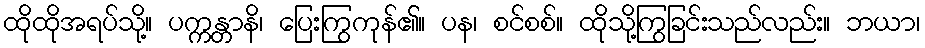
ထိုထိုအရပ်သို့။ ပက္ကန္တာနိ၊ ပြေးကြွကုန်၏။ ပန၊ စင်စစ်။ ထိုသို့ကြွခြင်းသည်လည်း။ ဘယာ၊